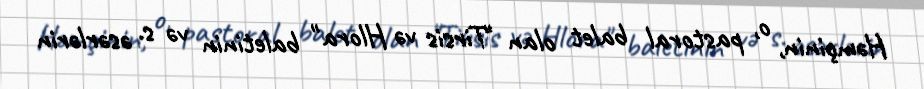
Həmçinin, o, pastoral balet olan "Tirsis və Hlora" baletinin və s. əsərlərin